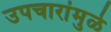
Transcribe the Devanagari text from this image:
उपचारांमुळे